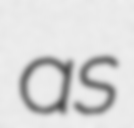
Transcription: as